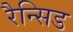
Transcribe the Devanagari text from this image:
रैन्सिड